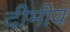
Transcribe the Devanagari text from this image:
दीमीव